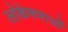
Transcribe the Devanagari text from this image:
लोकेषणाओं